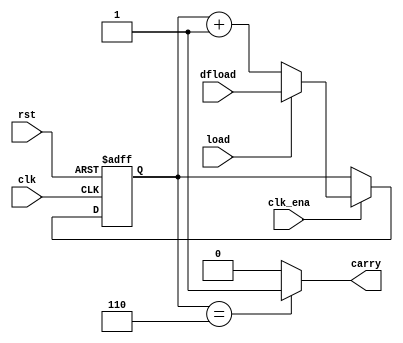
module counter_load(
  clk, rst, clk_ena,
  load,  
  carry,  
  dfload  
);
  parameter MOD_COUNT = 7;
  parameter WIDTH = 8;
  input clk, rst, clk_ena;
  input load;
  input[WIDTH-1:0] dfload;
  output carry;
    reg carry_tmp;
  assign carry = carry_tmp;
  reg [WIDTH-1:0] count;  
  always @(posedge clk or posedge rst) begin
    if(rst)
    count <= 0;
  else if(clk_ena)
    if(load)  
      count <= dfload;
    else
      count <= count+1;
  end
  always @(count) begin 
    if(count == MOD_COUNT-1)
      carry_tmp = 'b1;
    else 
      carry_tmp = 'b0;  
  end
endmodule